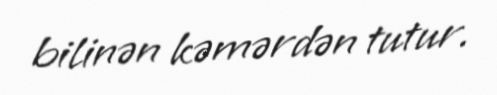
bilinən kəmərdən tutur.